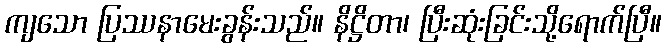
ကျသော ပြဿနာမေးခွန်းသည်။ နိဋ္ဌိတာ၊ ပြီးဆုံးခြင်းသို့ရောက်ပြီ။